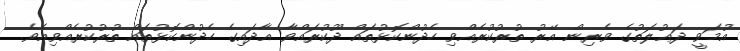
އުމަވީ ދަޢުލަތުގެ ވެރިން އޭރު ތުރުކުރެއްވި ހެދުންކޮޅުތައް ދޫކުރައްވާ އާދައިގެ ހެދުންކޮޅުތައް ތުރުކުރެއްވިއެވެ.